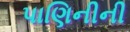
પાણિનીની